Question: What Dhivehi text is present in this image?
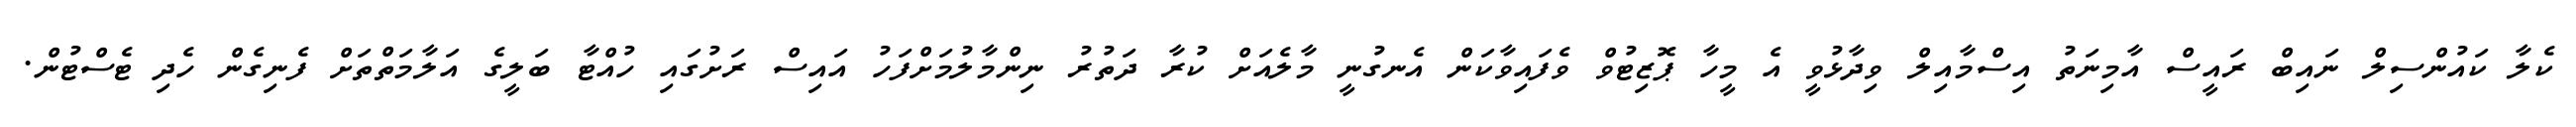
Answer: ކެލާ ކައުންސިލް ނައިބް ރައީސް އާމިނަތު އިސްމާއިލް ވިދާޅުވީ އެ މީހާ ޕޮޒިޓުވް ވެފައިވާކަން އެނގުނީ މާލެއަށް ކުރާ ދަތުރު ނިންމާލުމަށްފަހު އައިސް ރަށުގައި ހުއްޓާ ބަލީގެ އަލާމަތްތަށް ފެނިގެން ހެދި ޓެސްޓުން.